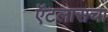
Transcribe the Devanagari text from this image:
ऍटलासचा